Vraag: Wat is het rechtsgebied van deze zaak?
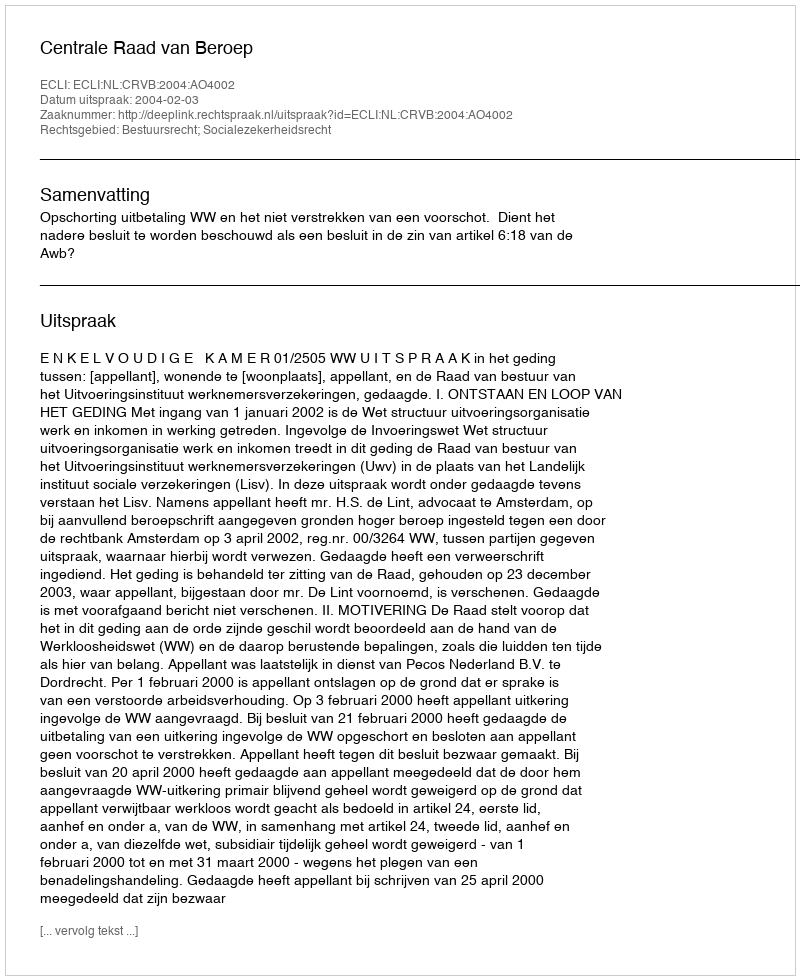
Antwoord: Bestuursrecht; Socialezekerheidsrecht